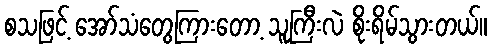
စသဖြင့် အော်သံတွေကြားတော့ သူကြီးလဲ စိုးရိမ်သွားတယ်။